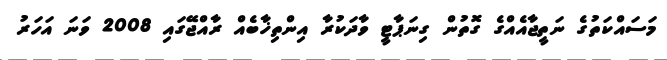
މަސައްކަތުގެ ނަތީޖާއެއްގެ ގޮތުން ގިނަޕާޓީ ވާދަކުރާ އިންތިޚާބެއް ރާއްޖޭގައި 2008 ވަނަ އަހަރު